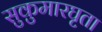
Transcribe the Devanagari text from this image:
सुकुमारघृता